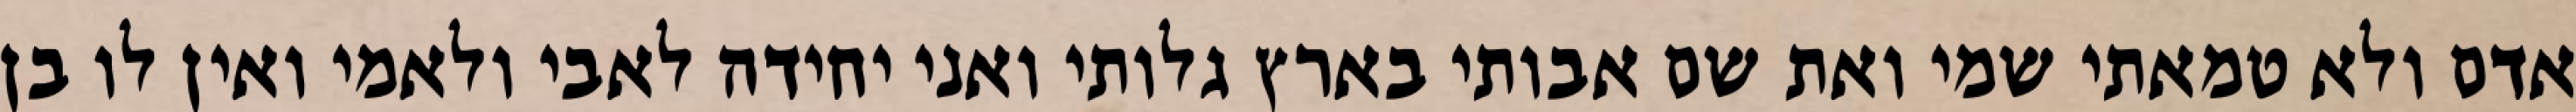
אדם ולא טמאתי שמי ואת שם אבותי בארץ גלותי ואני יחידה לאבי ולאמי ואין לו בן